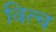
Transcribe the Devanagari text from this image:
वित्च